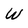
Character: W